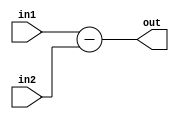
module subtractor(out, in1, in2);

    input [15:0] in1, in2;
    output reg [15:0]out;

    always @(*)
    begin 
        out = in1 - in2;
    end
endmodule